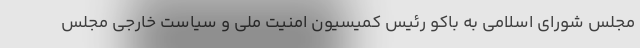
مجلس شورای اسلامی به باکو رئیس کمیسیون امنیت ملی و سیاست خارجی مجلس